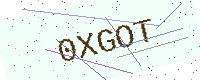
Text: 0XGOT